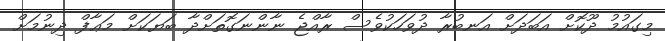
މިގައުމު ދޫކޮށް އަބަދަށް އަނބުރާ ދުވަހަކުވެސް ރާއްޖެ ނާންނަގޮތަށްދާ ބަޔަކަށް މަޢާފް ދިނުމަށް